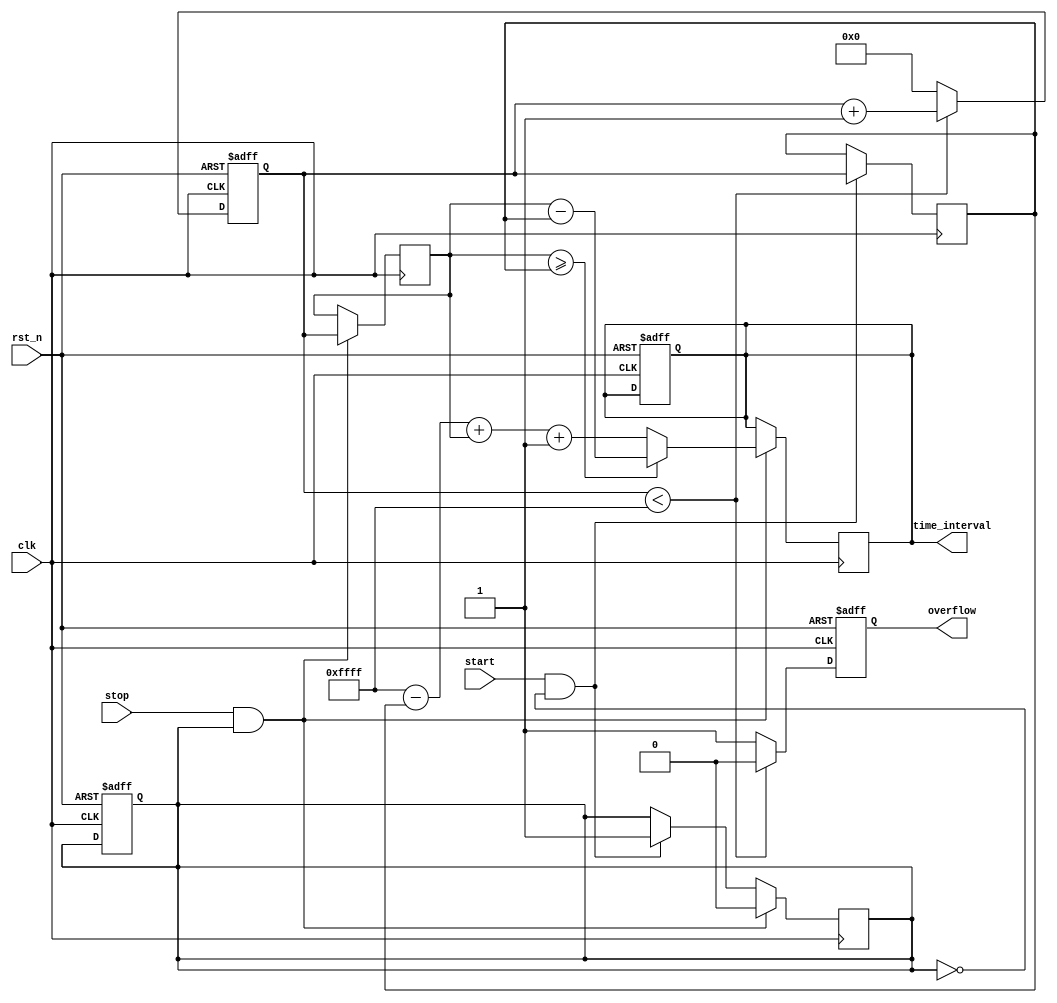
module TDC (
    input wire clk,          // High-frequency clock signal
    input wire rst_n,       // Active-low reset signal
    input wire start,       // Start signal
    input wire stop,        // Stop signal
    output reg [15:0] time_interval, // Measured time interval output
    output reg overflow     // Overflow flag
);

    // Parameter for maximum counter value (for 16-bit counter)
    parameter MAX_COUNT = 16'hFFFF;

    // Internal counter
    reg [15:0] counter;
    
    // Capture registers
    reg [15:0] start_time;
    reg [15:0] stop_time;
    
    // State to track if the TDC is in a measuring state
    reg measuring;

    // Reset and counter logic
    always @(posedge clk or negedge rst_n) begin
        if (!rst_n) begin
            counter <= 16'h0;
            time_interval <= 16'h0;
            overflow <= 1'b0;
            measuring <= 1'b0;
        end else begin
            // Increment the counter on each clock cycle
            if (counter < MAX_COUNT) begin
                counter <= counter + 1;
                overflow <= 1'b0; // Clear overflow flag
            end else begin
                counter <= 16'h0; // Reset counter on overflow
                overflow <= 1'b1; // Set overflow flag
            end
        end
    end

    // Event detection and time measurement logic
    always @(posedge clk) begin
        if (start && !measuring) begin
            // Capture the start time
            start_time <= counter;
            measuring <= 1'b1; // Set measuring flag
        end
        
        if (stop && measuring) begin
            // Capture the stop time
            stop_time <= counter;
            measuring <= 1'b0; // Clear measuring flag
            
            // Calculate time interval
            if (stop_time >= start_time) begin
                time_interval <= stop_time - start_time;
            end else begin
                // Handle the case where counter overflowed
                time_interval <= (MAX_COUNT - start_time) + stop_time + 1;
            end
        end
    end

endmodule